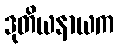
ဒုတိယနာယက